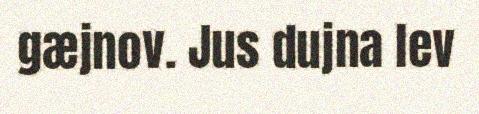
gæjnov. Jus dujna lev